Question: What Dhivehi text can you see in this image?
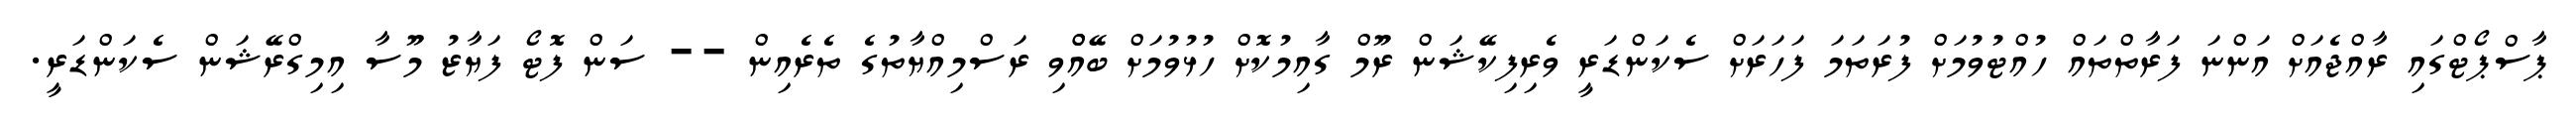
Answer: ޕާސްޕޯޓްގައި ރާއްޖެއަށް އަންނަ ފަރާތްތައް ހުއްޓުވުމަށް ފުރަތަމަ ފަހަރަށް ސެކަންޑަރީ ވެރިފިކޭޝަން ރޫމް ގާއިމުކޮށް ހުޅުވުމަށް ބޭއްްވި ރަސްމިއްޔާތުގެ ތެރެއިން -- ސަން ފޮޓޯ ފަޔާޒު މޫސާ އިމިގްރޭޝަން ސެކަންޑަރީ.